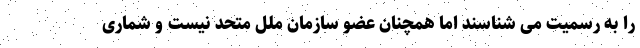
را به رسمیت می شناسند اما همچنان عضو سازمان ملل متحد نیست و شماری